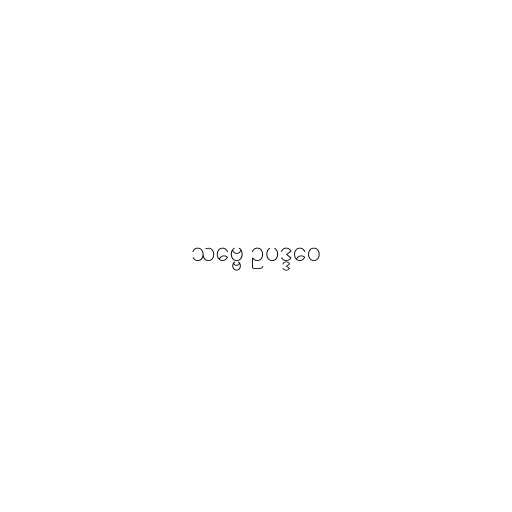
သဗ္ဗေ ဥပဒ္ဒဝေ